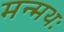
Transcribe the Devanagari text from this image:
मन्मथः